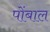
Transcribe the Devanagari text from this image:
पोंबाल